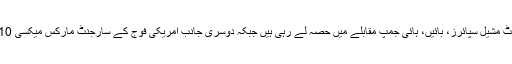
ٹریک اینڈ فیلڈ مقابلوں میں امریکی فضائیہ کی سیکنڈ لیفٹننٹ مشیل سپائرز، بائیں، ہائی جمپ مقابلے میں حصہ لے رہی ہیں جبکہ دوسری جانب امریکی فوج کے سارجنٹ مارکس میکسی 110 میٹر کی رکاوٹوں کی دوڑ کے مقابلے میں شریک ہیں۔